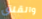
والقلق